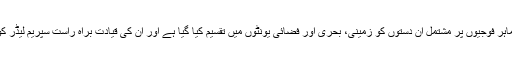
ایک لاکھ 25 ہزار ماہر فوجیوں پر مشتمل ان دستوں کو زمینی، بحری اور فضائی یونٹوں میں تقسیم کیا گیا ہے اور ان کی قیادت براہ راست سپریم لیڈر کو جواب دہ ہوتی ہے۔